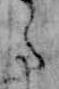
た